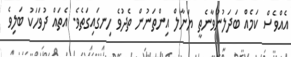
އެއްވެސް ކަމެއް ބަދަލުނުވާނެތީ ޔަނާލް އިންތަނުން ތެދުވެ ހިނގައިގަތެވެ. އެތައް ދުވަހަކު ބަލިވެ